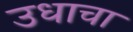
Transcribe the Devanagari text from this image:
उधाचा